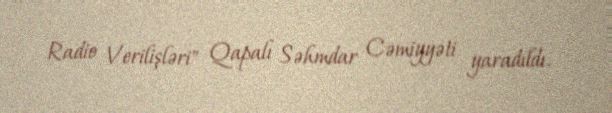
Radio Verilişləri" Qapalı Səhmdar Cəmiyyəti yaradıldı.